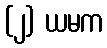
(၂) ယမက